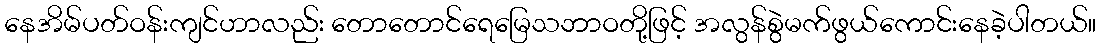
နေအိမ်ပတ်ဝန်းကျင်ဟာလည်း တောတောင်ရေမြေသဘာဝတို့ဖြင့် အလွန်စွဲမက်ဖွယ်ကောင်းနေခဲ့ပါတယ်။